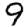
Digit: 9